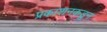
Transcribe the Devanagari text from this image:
प्रकाशनकडून